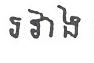
រវាង